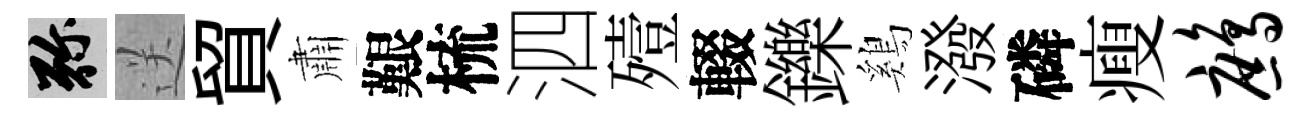
弥送貿肅艱梳泗殪輟鑠鷄潑磷瘦鹧